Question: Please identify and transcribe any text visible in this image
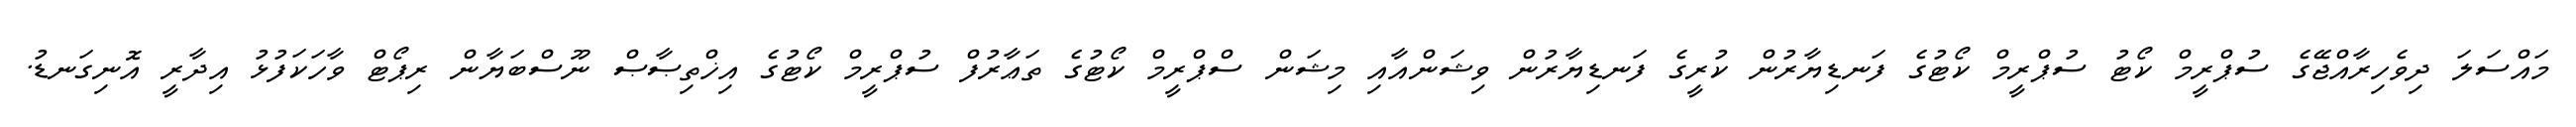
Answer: މައްސަލަ ދިވެހިރާއްޖޭގެ ސުޕްރީމް ކޯޓު ސުޕްރީމް ކޯޓުގެ ފަނޑިޔާރުން ކުރީގެ ފަނޑިޔާރުން ވިޝަންއާއި މިޝަން ސްޕްރީމް ކޯޓުގެ ތަޢާރުފް ސުޕްރީމް ކޯޓުގެ އިޚްތިޞާޞް ނޫސްބަޔާން ރިޕޯޓް ވާހަކަފުޅު އިދާރީ އޮނިގަނޑު.